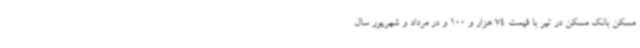
مسکن بانک مسکن در تیر با قیمت 74 هزار و 100 و در مرداد و شهریور سال